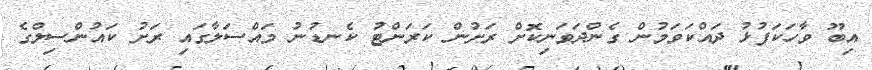
އިބޫ ވާހަކަފުޅު ދައްކަވަމުން ގެންދަވަނިކޮށް ރަށުން ކަރަންޓު ކެނޑުނު މައްސަލާގައި ރަށު ކައުންސިލްގެ